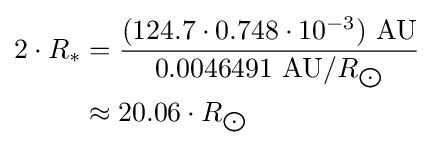
{\begin{aligned}2\cdot R_{*}&={\frac {(124.7\cdot 0.748\cdot 10^{-3})\ {\text{AU}}}{0.0046491\ {\text{AU}}/R_{\bigodot }}}\\&\approx 20.06\cdot R_{\bigodot }\end{aligned}}